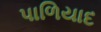
પાળિયાદ